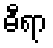
ဓီရာ